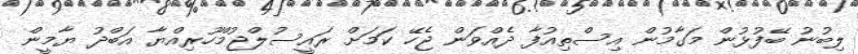
ލިބުނު ބޭފުޅުން މަގާމުން އިސްތިއުފާ ދެއްވަން ޖެހޭ ކަމަށް ރައީސުލްޖުމްހޫރިއްޔާ އަބްދު ޔާމީން